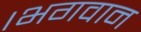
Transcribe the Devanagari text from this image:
।भगवान